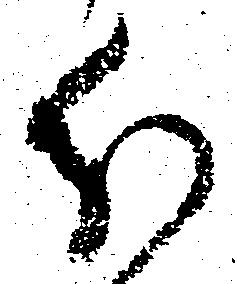
分